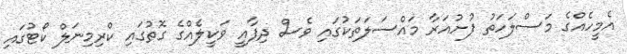
އެމީހެއްގެ މަސްލަހަތު ފުށުއަރާ މައްސަލަތަކުގައި ވެސް ދިފާއީ ވަކީލެއްގެ ގޮތުގައި ކްރިމިނަލް ކޯޓުގައި